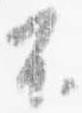
不